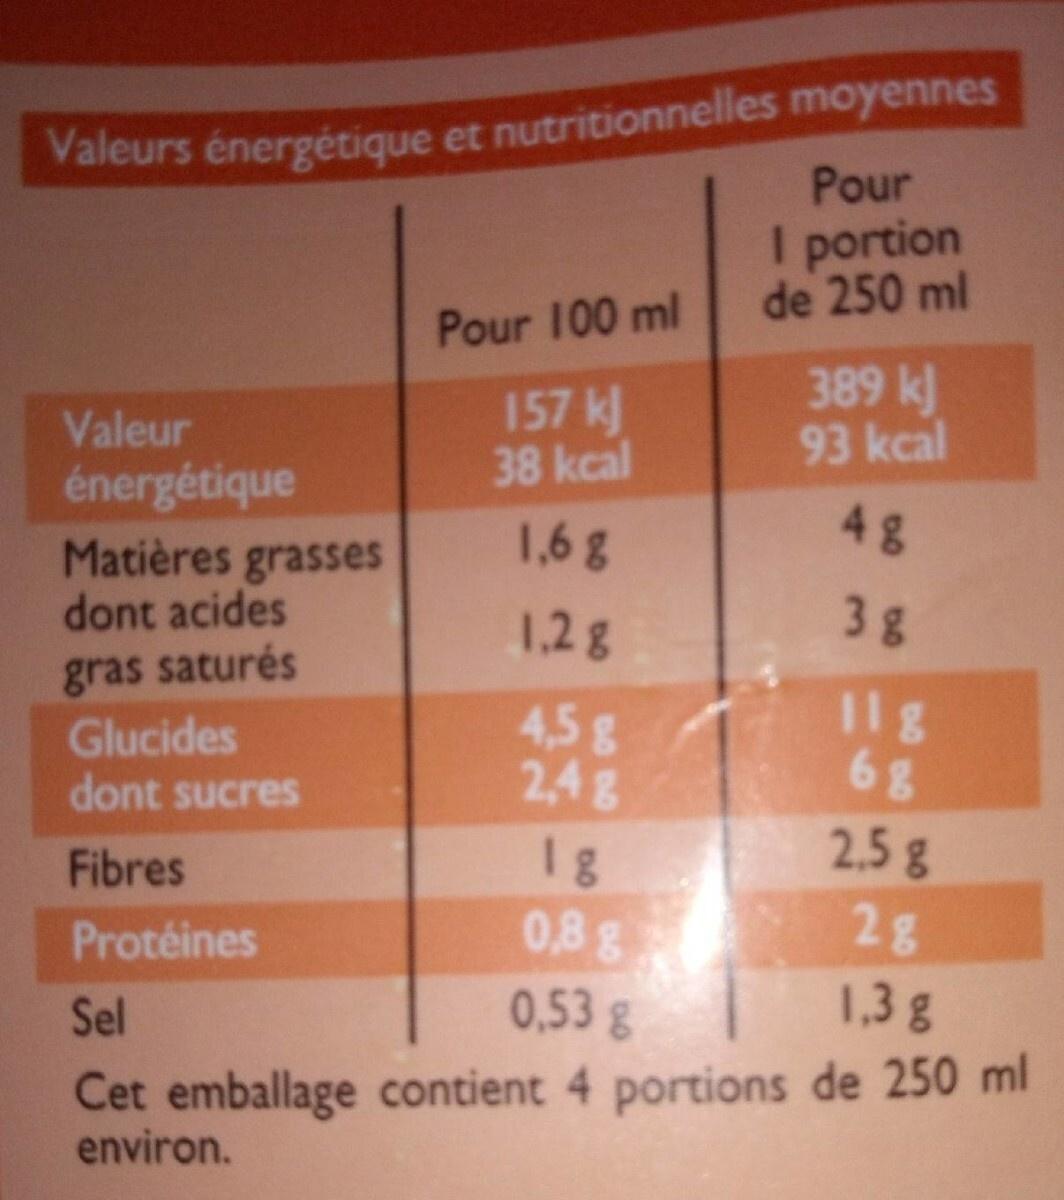
Valeurs énergétique et nutritionnelles moyennes
Pour
I portion de 250 ml
Valeur énergétique
Matières grasses
dont acides
gras saturés
Pour 100 ml
157 kJ
38 kcal
Glucides
dont sucres
Fibres
Protéines
1,68
1.28
4,5 g
2,4 g
3g
118
68
2.5 8
2g
0,53 g
1,3 g
Sel
Cet emballage contient 4 portions de 250 ml
environ.
389 kj 93 kcal
1g
0,8 g
48